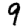
Digit: 9